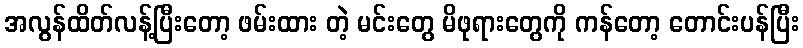
အလွန်ထိတ်လန့်ပြီးတော့ ဖမ်းထား တဲ့ မင်းတွေ မိဖုရားတွေကို ကန်တော့ တောင်းပန်ပြီး